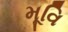
મૂવિ